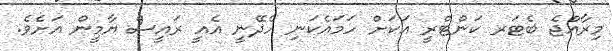
މިރާއްޖެ ބެޓަރ ކަންޓްރީ އަކަށް ހަމައެކަނި ހެދޭނީ އެއީ ރައީސް ޔާމީން އަށެވެ.